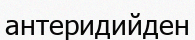
антеридийден